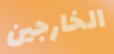
الخارجين